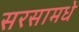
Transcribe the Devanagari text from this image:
सरसामधे